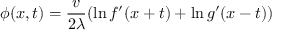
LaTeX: \phi ( x , t ) = { \frac { v } { 2 \lambda } } ( \ln f ^ { \prime } ( x + t ) + \ln g ^ { \prime } ( x - t ) )